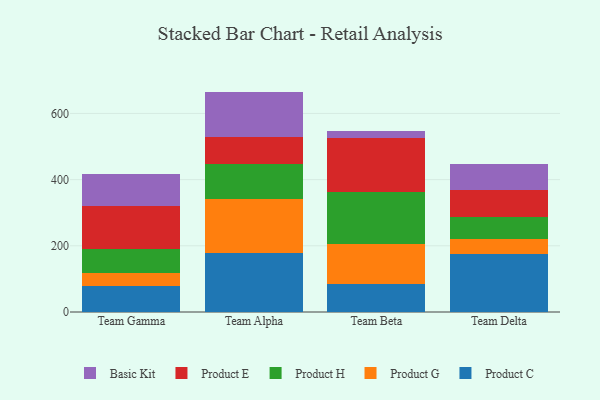
{"axis": {"x": "Team", "y": "Temperature (°C)"}, "legend": ["Basic Kit", "Product C", "Product E", "Product G", "Product H"], "data": [{"x": "Team Gamma", "y": 77.4, "type": "Product C"}, {"x": "Team Gamma", "y": 41.4, "type": "Product G"}, {"x": "Team Gamma", "y": 70.2, "type": "Product H"}, {"x": "Team Gamma", "y": 132.8, "type": "Product E"}, {"x": "Team Gamma", "y": 94.4, "type": "Basic Kit"}, {"x": "Team Alpha", "y": 177.5, "type": "Product C"}, {"x": "Team Alpha", "y": 163.6, "type": "Product G"}, {"x": "Team Alpha", "y": 105.5, "type": "Product H"}, {"x": "Team Alpha", "y": 83.2, "type": "Product E"}, {"x": "Team Alpha", "y": 136.2, "type": "Basic Kit"}, {"x": "Team Beta", "y": 83.5, "type": "Product C"}, {"x": "Team Beta", "y": 123.4, "type": "Product G"}, {"x": "Team Beta", "y": 157.2, "type": "Product H"}, {"x": "Team Beta", "y": 161.5, "type": "Product E"}, {"x": "Team Beta", "y": 21.9, "type": "Basic Kit"}, {"x": "Team Delta", "y": 174.8, "type": "Product C"}, {"x": "Team Delta", "y": 45.5, "type": "Product G"}, {"x": "Team Delta", "y": 65.3, "type": "Product H"}, {"x": "Team Delta", "y": 83.5, "type": "Product E"}, {"x": "Team Delta", "y": 77.9, "type": "Basic Kit"}]}